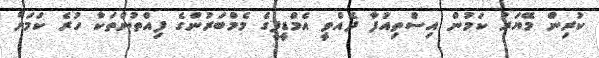
ކުރިން މޭޔަރު ކަމުން އިސްތިއުފާ ދެއްވީ އެމްޑީޕީގެ މެމްބަރުންގެ ފިއްތުންތަކާ ހުރެ ކަމަށް